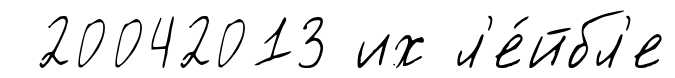
20042013 их л'е́йбл'е